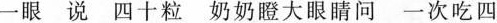
一眼 说 四十粒 奶奶瞪大眼睛问 一次吃四